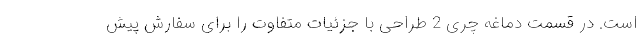
است. در قسمت دماغه چری 2 طراحی با جزئیات متفاوت را برای سفارش پیش